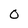
Character: 0